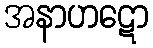
အနာဟဋော